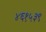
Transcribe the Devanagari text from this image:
४६१५३९